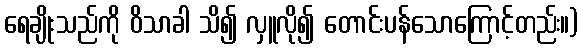
ရေချိုးသည်ကို ဝိသာခါ သိ၍ လှူလို၍ တောင်းပန်သောကြောင့်တည်း။)